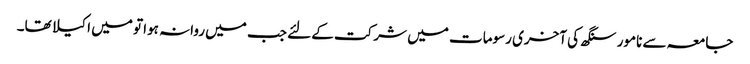
جامعہ سے نامور سنگھ کی آخری رسومات میں شرکت کے لئے جب میں روانہ ہوا تو میں اکیلا تھا۔